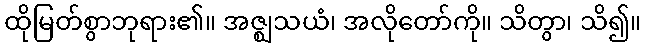
ထိုမြတ်စွာဘုရား၏။ အဇ္ဈသယံ၊ အလိုတော်ကို။ သိတွာ၊ သိ၍။